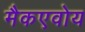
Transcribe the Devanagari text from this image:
मैकएवोय